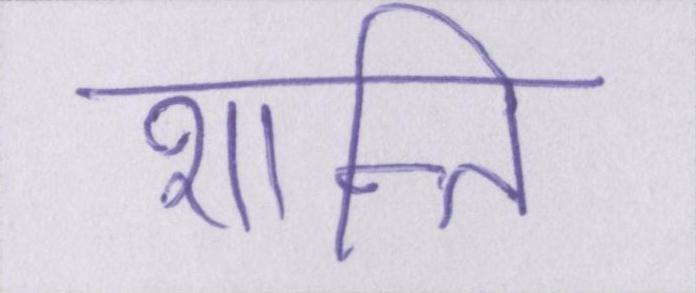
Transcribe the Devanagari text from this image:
शान्ति